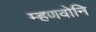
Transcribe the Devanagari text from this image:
म्हणवोनि